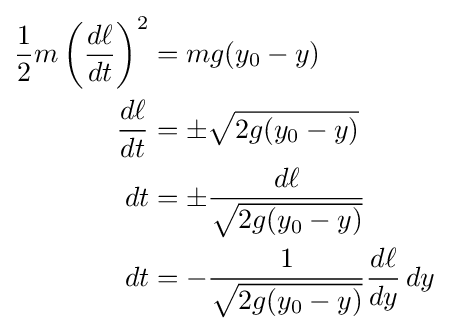
{\begin{aligned}{\frac {1}{2}}m\left({\frac {d\ell }{dt}}\right)^{2}&=mg(y_{0}-y)\\{\frac {d\ell }{dt}}&=\pm {\sqrt {2g(y_{0}-y)}}\\dt&=\pm {\frac {d\ell }{\sqrt {2g(y_{0}-y)}}}\\dt&=-{\frac {1}{\sqrt {2g(y_{0}-y)}}}{\frac {d\ell }{dy}}\,dy\end{aligned}}